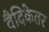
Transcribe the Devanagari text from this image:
वैदिकेतर